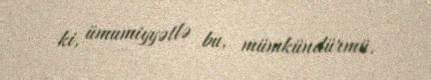
ki, ümumiyyətlə bu, mümkündürmü.